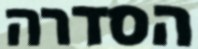
הסדרה